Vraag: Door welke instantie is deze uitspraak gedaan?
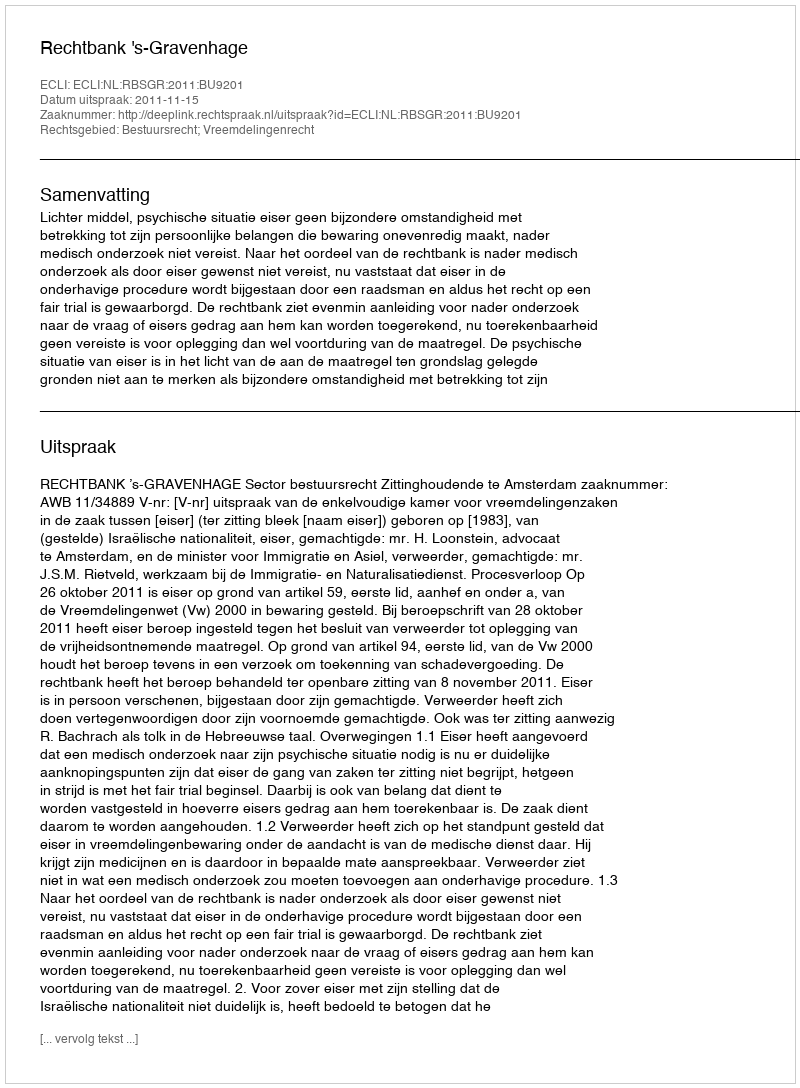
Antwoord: Rechtbank 's-Gravenhage